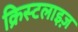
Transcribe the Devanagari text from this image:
क्रिस्टलाइज़